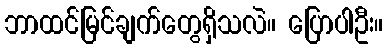
ဘာထင်မြင်ချက်တွေရှိသလဲ။ ပြောပါဦး။